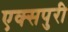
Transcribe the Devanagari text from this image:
एक्‍सपुरी